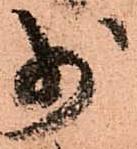
少